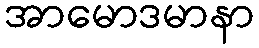
အာမောဒမာနာ